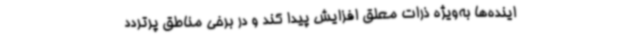
اینده‌ها به‌ویژه ذرات معلق افزایش پیدا کند و در برخی مناطق پرتردد